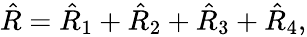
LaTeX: \begin{array}{r}{\hat{R}=\hat{R}_{1}+\hat{R}_{2}+\hat{R}_{3}+\hat{R}_{4},}\end{array}